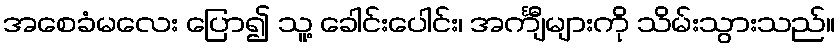
အစေခံမလေး ပြော၍ သူ့ ခေါင်းပေါင်း၊ အင်္ကျီများကို သိမ်းသွားသည်။